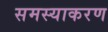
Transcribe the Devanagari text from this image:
समस्याकरण